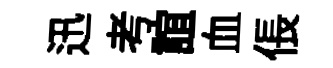
迅考誼血倀